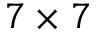
7 \times 7